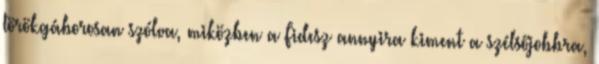
törökgáborosan szólva, miközben a Fidesz annyira kiment a szélsőjobbra,